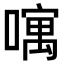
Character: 𠿄